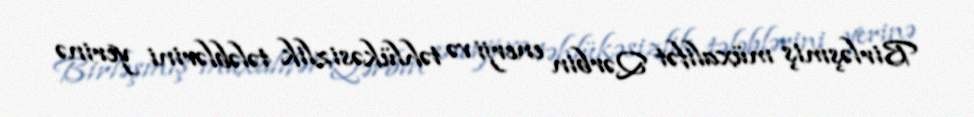
Birləşmiş müxalifət Qərbin enerji və təhlükəsizlik tələblərini yerinə